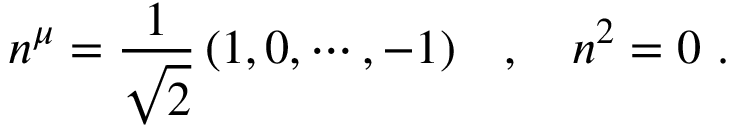
n ^ { \mu } = \frac { 1 } { \sqrt { 2 } } \, ( 1 , 0 , \cdots , - 1 ) \ \ \ , \ \ \ n ^ { 2 } = 0 \ .